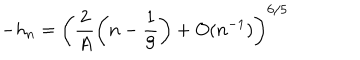
LaTeX: - h _ { n } = \left( \frac 2 A \left( n - \frac 1 9 \right) + O ( n ^ { - 1 } ) \right) ^ { 6 / 5 }